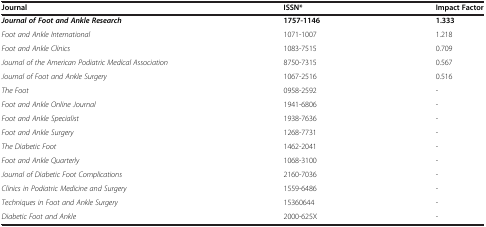
<table><thead><tr><td><b>Journal</b></td><td><b>ISSN*</b></td><td><b>Impact Factor</b></td></tr></thead><tbody><tr><td><b> <i>Journal of Foot and Ankle Research</i> </b></td><td><b>1757-1146</b></td><td><b>1.333</b></td></tr><tr><td><i>Foot and Ankle International</i></td><td>1071-1007</td><td>1.218</td></tr><tr><td><i>Foot and Ankle Clinics</i></td><td>1083-7515</td><td>0.709</td></tr><tr><td><i>Journal of the American Podiatric Medical Association</i></td><td>8750-7315</td><td>0.567</td></tr><tr><td><i>Journal of Foot and Ankle Surgery</i></td><td>1067-2516</td><td>0.516</td></tr><tr><td><i>The Foot</i></td><td>0958-2592</td><td>-</td></tr><tr><td><i>Foot and Ankle Online Journal</i></td><td>1941-6806</td><td>-</td></tr><tr><td><i>Foot and Ankle Specialist</i></td><td>1938-7636</td><td>-</td></tr><tr><td><i>Foot and Ankle Surgery</i></td><td>1268-7731</td><td>-</td></tr><tr><td><i>The Diabetic Foot</i></td><td>1462-2041</td><td>-</td></tr><tr><td><i>Foot and Ankle Quarterly</i></td><td>1068-3100</td><td>-</td></tr><tr><td><i>Journal of Diabetic Foot Complications</i></td><td>2160-7036</td><td>-</td></tr><tr><td><i>Clinics in Podiatric Medicine and Surgery</i></td><td>1559-6486</td><td>-</td></tr><tr><td><i>Techniques in Foot and Ankle Surgery</i></td><td>15360644</td><td>-</td></tr><tr><td><i>Diabetic Foot and Ankle</i></td><td>2000-625X</td><td>-</td></tr></tbody></table>